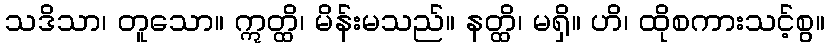
သဒိသာ၊ တူသော။ ဣတ္ထိ၊ မိန်းမသည်။ နတ္ထိ၊ မရှိ။ ဟိ၊ ထိုစကားသင့်စွ။